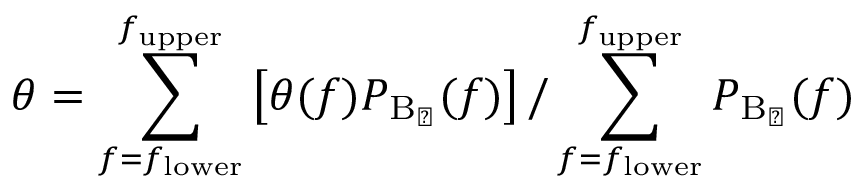
\theta = \sum _ { f = f _ { \mathrm { l o w e r } } } ^ { f _ { \mathrm { u p p e r } } } \left[ \theta ( f ) P _ { \mathrm { B _ { \perp } } } ( f ) \right] / \sum _ { f = f _ { \mathrm { l o w e r } } } ^ { f _ { \mathrm { u p p e r } } } P _ { \mathrm { B _ { \perp } } } ( f )